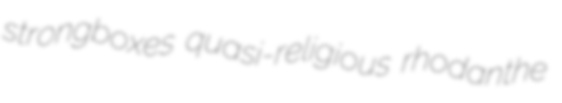
strongboxes quasi-religious rhodanthe